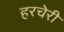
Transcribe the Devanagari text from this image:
हरचेरी